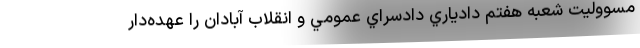
مسووليت شعبه هفتم دادياري دادسراي عمومي و انقلاب آبادان را عهده‌دار